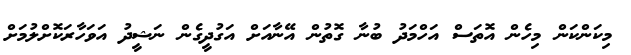
މިކަންކަން މިހެން އޮތަސް އަހްމަދު ބުނާ ގޮތުން އޭނާއަށް އަގުދީގެން ނަޝީދު އަވަހާރަކޮށްލުމަށްް